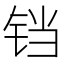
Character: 铛